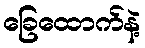
ခြေထောက်နဲ့